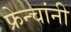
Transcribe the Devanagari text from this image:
फ्रेन्चांनी